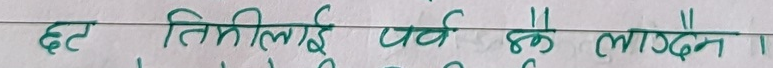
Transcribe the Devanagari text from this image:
६ट तिमीलाई पर्ब के लाग्दैन ।